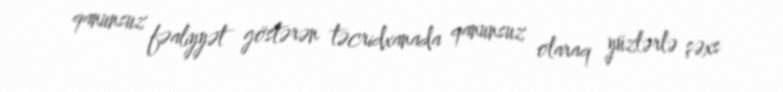
qanunsuz fəaliyyət göstərən təcridxanada qanunsuz olaraq yüzlərlə şəxs